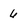
Character: 6